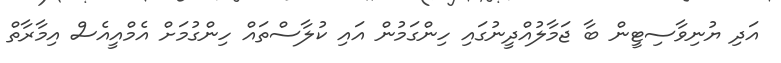
އަދި ޔުނިވާސިޓީން ބާ ޖަމާލުއްދީނުގައި ހިންގަމުން އައި ކުލާސްތައް ހިންގުމަށް އެމްއީއެސް އިމާރާތް